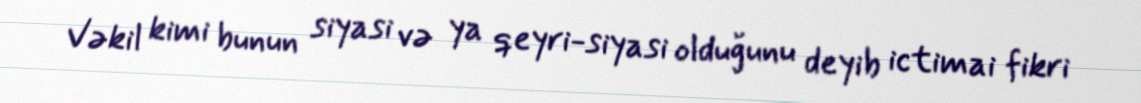
Vəkil kimi bunun siyasi və ya qeyri-siyasi olduğunu deyib ictimai fikri